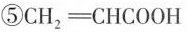
⑤CH_{2} \xlongequal[]{} CHCOOH